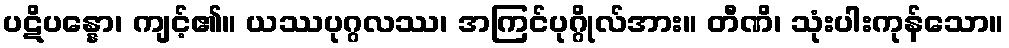
ပဋိပန္နော၊ ကျင့်၏။ ယဿပုဂ္ဂလဿ၊ အကြင်ပုဂ္ဂိုလ်အား။ တီဏိ၊ သုံးပါးကုန်သော။